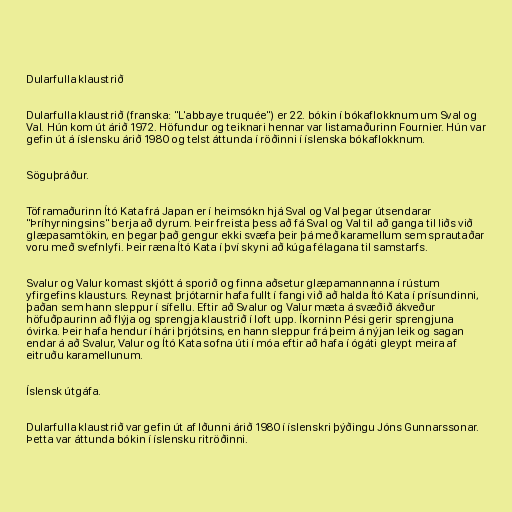
Dularfulla klaustrið

Dularfulla klaustrið (franska: "L'abbaye truquée") er 22. bókin í bókaflokknum um Sval og
Val. Hún kom út árið 1972. Höfundur og teiknari hennar var listamaðurinn Fournier. Hún var
gefin út á íslensku árið 1980 og telst áttunda í röðinni í íslenska bókaflokknum.

Söguþráður.

Töframaðurinn Ító Kata frá Japan er í heimsókn hjá Sval og Val þegar útsendarar
"Þríhyrningsins" berja að dyrum. Þeir freista þess að fá Sval og Val til að ganga til liðs við
glæpasamtökin, en þegar það gengur ekki svæfa þeir þá með karamellum sem sprautaðar
voru með svefnlyfi. Þeir ræna Ító Kata í því skyni að kúga félagana til samstarfs.

Svalur og Valur komast skjótt á sporið og finna aðsetur glæpamannanna í rústum
yfirgefins klausturs. Reynast þrjótarnir hafa fullt í fangi við að halda Ító Kata í prísundinni,
þaðan sem hann sleppur í sífellu. Eftir að Svalur og Valur mæta á svæðið ákveður
höfuðpaurinn að flýja og sprengja klaustrið í loft upp. Íkorninn Pési gerir sprengjuna
óvirka. Þeir hafa hendur í hári þrjótsins, en hann sleppur frá þeim á nýjan leik og sagan
endar á að Svalur, Valur og Ító Kata sofna úti í móa eftir að hafa í ógáti gleypt meira af
eitruðu karamellunum.

Íslensk útgáfa.

Dularfulla klaustrið var gefin út af Iðunni árið 1980 í íslenskri þýðingu Jóns Gunnarssonar.
Þetta var áttunda bókin í íslensku ritröðinni.